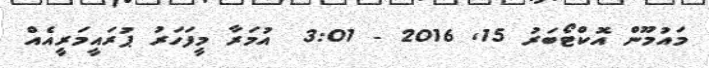
މައުމޫން އޮކްޓޯބަރު 15